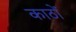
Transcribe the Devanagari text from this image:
काठों